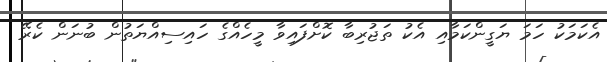
އެކަމަކު ހަމަ ޔަގީންކަމާއި އެކު ތަޖުރިބާ ކޮށްފައިވާ މީހެއްގެ ހައިސިއްޔަތުން ބުނަން ކެރޭ